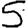
Digit: 5